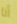
أنا